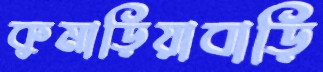
কুমাড়িয়াবাড়ি